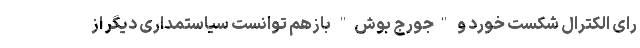
رای الکترال شکست خورد و "جورج بوش" بازهم توانست سیاستمداری دیگر از